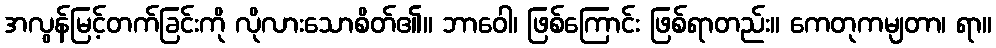
အလွန်မြင့်တက်ခြင်းကို လိုလားသောစိတ်၏။ ဘာဝေါ၊ ဖြစ်ကြောင်း ဖြစ်ရာတည်း။ ကေတုကမျတာ၊ ရာ။